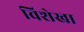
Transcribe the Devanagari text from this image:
विशेखा